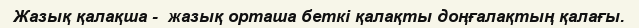
Жазық қалақша -  жазық орташа беткі қалақты доңғалақтың қалағы.